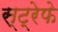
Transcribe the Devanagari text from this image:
स्ट्रेफे